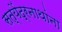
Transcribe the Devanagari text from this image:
सत्येंद्रनाथांना